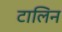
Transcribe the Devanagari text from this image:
टालिन